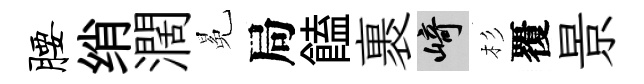
腰绡濶冕局饁裹崎杉覆景